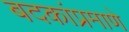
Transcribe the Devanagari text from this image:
बदकांप्रमाणे